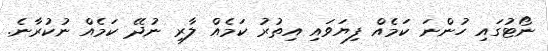
ނޯޓުގައި ހުންނަ ކަމެއް ފިޔަވައި އިތުރު ކަމެއް ލާރި ނުދޭ ކަމެއް ނުކުރާނެ.